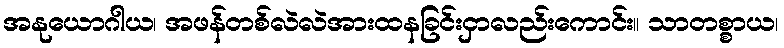
အနုယောဂါယ၊ အဖန်တစ်လဲလဲအားထနခြင်းငှာလည်းကောင်း။ သာတစ္စာယ၊